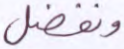
ونفضل